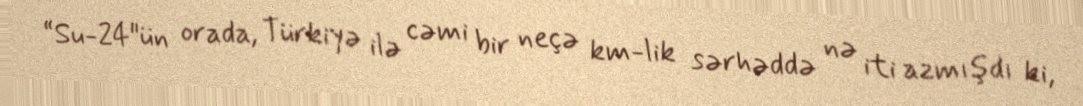
“Su-24"ün orada, Türkiyə ilə cəmi bir neçə km-lik sərhəddə nə iti azmışdı ki,